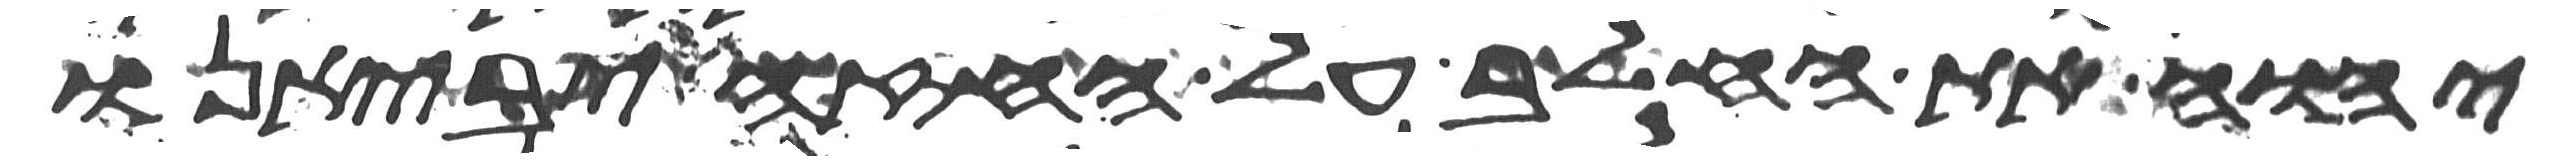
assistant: יהוה את החלב על החזה יביאנו